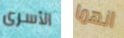
الأسرى انهما